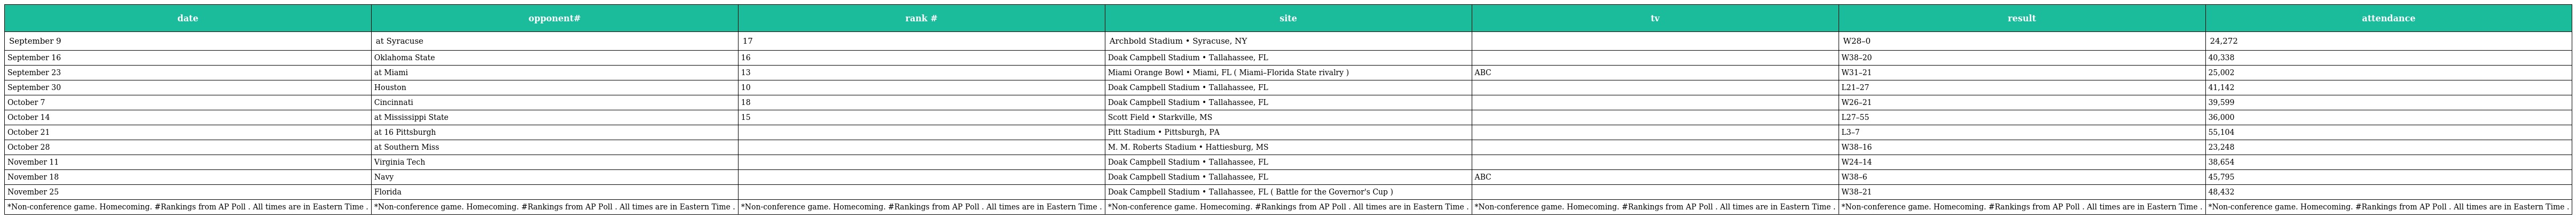
| date | opponent# | rank # | site | tv | result | attendance |
 | --- | --- | --- | --- | --- | --- | --- |
 | September 9 | at Syracuse | 17 | Archbold Stadium • Syracuse, NY |  | W28–0 | 24,272 |
 | September 16 | Oklahoma State | 16 | Doak Campbell Stadium • Tallahassee, FL |  | W38–20 | 40,338 |
 | September 23 | at Miami | 13 | Miami Orange Bowl • Miami, FL ( Miami–Florida State rivalry ) | ABC | W31–21 | 25,002 |
 | September 30 | Houston | 10 | Doak Campbell Stadium • Tallahassee, FL |  | L21–27 | 41,142 |
 | October 7 | Cincinnati | 18 | Doak Campbell Stadium • Tallahassee, FL |  | W26–21 | 39,599 |
 | October 14 | at Mississippi State | 15 | Scott Field • Starkville, MS |  | L27–55 | 36,000 |
 | October 21 | at 16 Pittsburgh |  | Pitt Stadium • Pittsburgh, PA |  | L3–7 | 55,104 |
 | October 28 | at Southern Miss |  | M. M. Roberts Stadium • Hattiesburg, MS |  | W38–16 | 23,248 |
 | November 11 | Virginia Tech |  | Doak Campbell Stadium • Tallahassee, FL |  | W24–14 | 38,654 |
 | November 18 | Navy |  | Doak Campbell Stadium • Tallahassee, FL | ABC | W38–6 | 45,795 |
 | November 25 | Florida |  | Doak Campbell Stadium • Tallahassee, FL ( Battle for the Governor's Cup ) |  | W38–21 | 48,432 |
 | *Non-conference game. Homecoming. #Rankings from AP Poll . All times are in Eastern Time . | *Non-conference game. Homecoming. #Rankings from AP Poll . All times are in Eastern Time . | *Non-conference game. Homecoming. #Rankings from AP Poll . All times are in Eastern Time . | *Non-conference game. Homecoming. #Rankings from AP Poll . All times are in Eastern Time . | *Non-conference game. Homecoming. #Rankings from AP Poll . All times are in Eastern Time . | *Non-conference game. Homecoming. #Rankings from AP Poll . All times are in Eastern Time . | *Non-conference game. Homecoming. #Rankings from AP Poll . All times are in Eastern Time . |